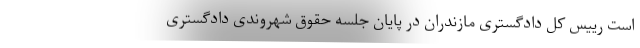
است رییس کل دادگستری مازندران در پایان جلسه حقوق شهروندی دادگستری